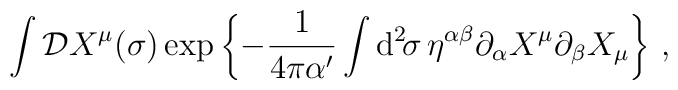
\int{\cal D}X^\mu(\sigma)\exp\left\{-\frac{1}{4\pi\alpha^\prime}\int\mbox{d}^2\!\sigma\,\eta^{\alpha\beta}\partial_\alpha X^\mu\partial_\beta X_\mu\right\}\, ,